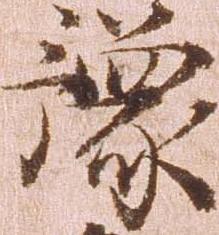
予